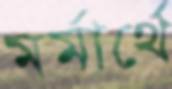
মর্মার্থে